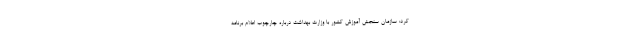
کرد: سازمان سنجش آموزش کشور با وزارت بهداشت درباره چارچوب اعلام برنامه